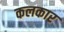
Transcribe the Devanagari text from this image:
कलकार